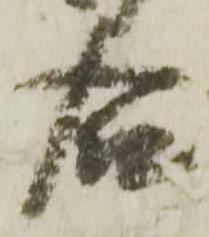
合